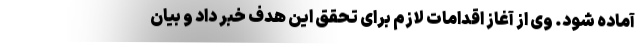
آماده شود. وی از آغاز اقدامات لازم برای تحقق این هدف خبر داد و بیان